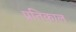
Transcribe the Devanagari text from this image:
प्रतिकाल